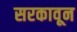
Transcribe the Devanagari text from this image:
सरकावून